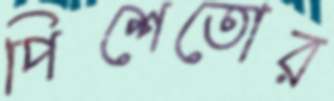
পিশেতোর